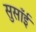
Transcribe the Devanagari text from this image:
सुसाँई